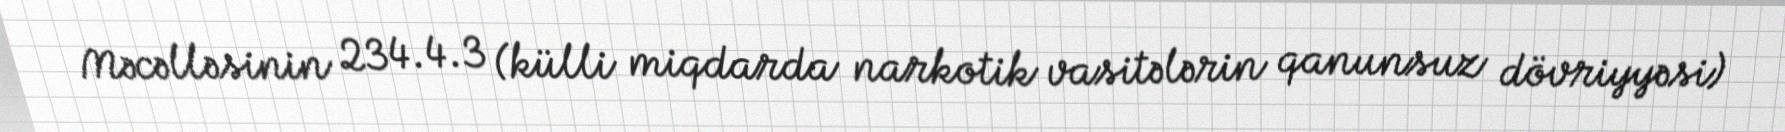
Məcəlləsinin 234.4.3 (külli miqdarda narkotik vasitələrin qanunsuz dövriyyəsi)